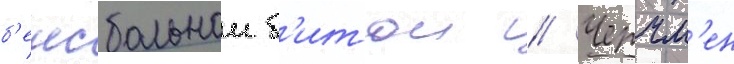
б'еисбольнои б'итои // Черчм'ен